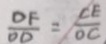
\frac { O F } { O D } = \frac { C E } { O C }